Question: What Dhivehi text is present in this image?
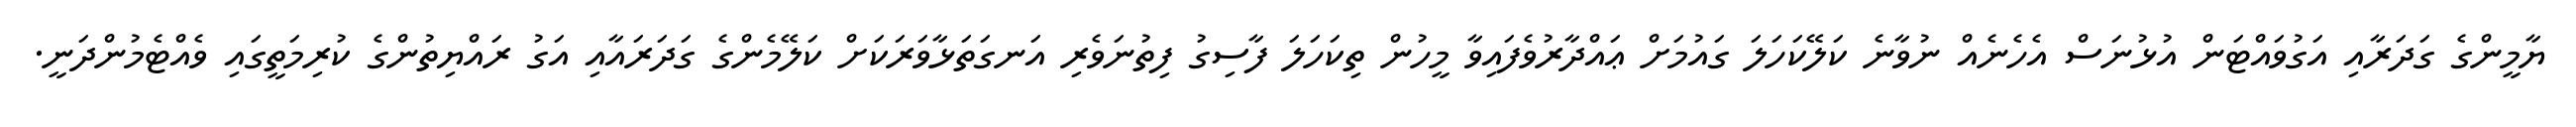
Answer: ޔާމީންގެ ގަދަރާއި އަގުވައްޓަން އުޅުނަސް އެހެނެއް ނުވާނެ ކަލޭކަހަލަ ގައުމަށް ޢައްދާރުވެފައިވާ މީހުން ތިކަހަލަ ފާސިގު ފިތުނަވެރި އަނގަތަޅާވަރަކަށް ކަލޭމެންގެ ގަދަރައާއި އަގު ރައްޔިތުންގެ ކުރިމަތީގައި ވެއްޓެމުންދަނީ.